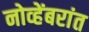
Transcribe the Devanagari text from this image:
नोव्हेंबरांत